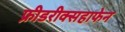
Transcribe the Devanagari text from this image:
फ्रीडरीक्सहाफेन